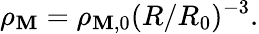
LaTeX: \rho_{\mathbf{M}}=\rho_{\mathbf{M},0}(R/R_{0})^{-3}.